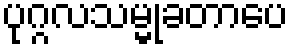
ပုဂ္ဂလသမ္မုခတာပေ